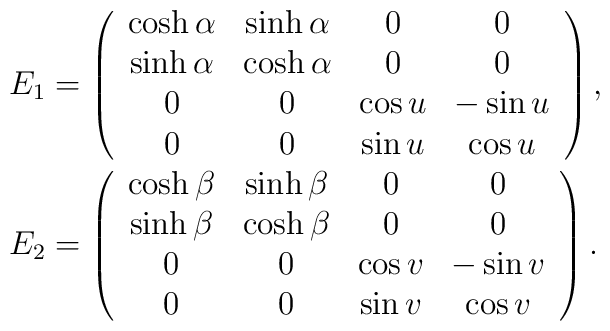
\begin{array}{l}E_{1}=\left( \begin{array}{cccc}        \cosh\alpha & \sinh\alpha & 0 & 0 \\		\sinh\alpha & \cosh\alpha & 0 & 0 \\		0 & 0 &     \cos u & -\sin u \\		0 & 0 &     \sin u & \cos u		\end{array}\right) ,\\E_{2}=\left( \begin{array}{cccc}        \cosh\beta & \sinh\beta & 0 & 0 \\		\sinh\beta & \cosh\beta & 0 & 0 \\		0 & 0 &     \cos v & -\sin v \\		0 & 0 &     \sin v & \cos v		\end{array}\right).  \end{array}